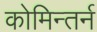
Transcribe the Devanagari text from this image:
कोमिन्तर्न